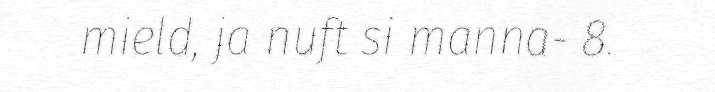
mield, ja nuft si manna- 8.